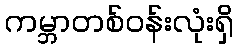
ကမ္ဘာတစ်ဝန်းလုံးရှိ